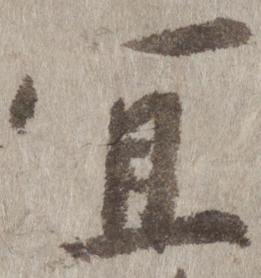
宜